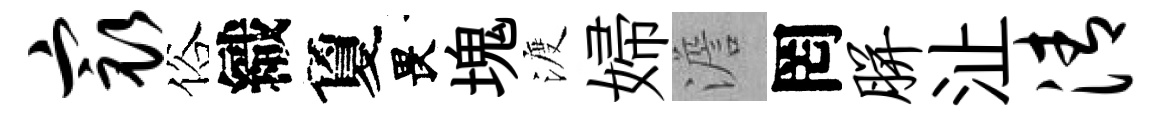
最俗織夐畏塊渡婦澹罔胼沚清